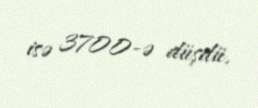
isə 3700-ə düşdü.